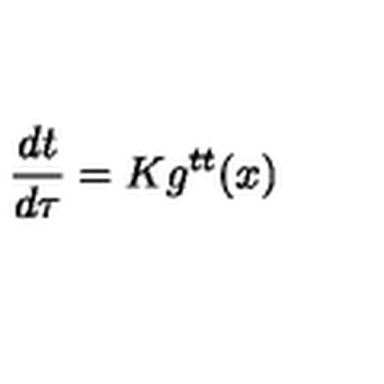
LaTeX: \frac { d t } { d \tau } = K g ^ { t t } ( x )